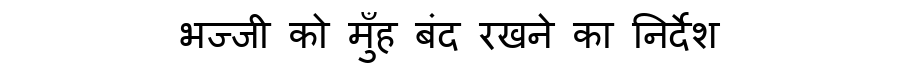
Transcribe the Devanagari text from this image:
भज्जी को मुँह बंद रखने का निर्देश